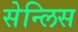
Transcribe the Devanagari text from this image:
सेन्लिस